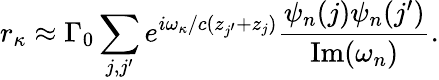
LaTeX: r_{\kappa}\approx{\Gamma_{0}}\sum_{j,j^{\prime}}^{}{{e^{i\omega_{\kappa}/c({z_{j^{\prime}}}+{z_{j}})}}\frac{\psi_{n}(j)\psi_{n}(j^{\prime})}{\textrm{Im}(\omega_{n})}}.